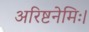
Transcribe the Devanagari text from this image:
अरिष्टनेमिः।